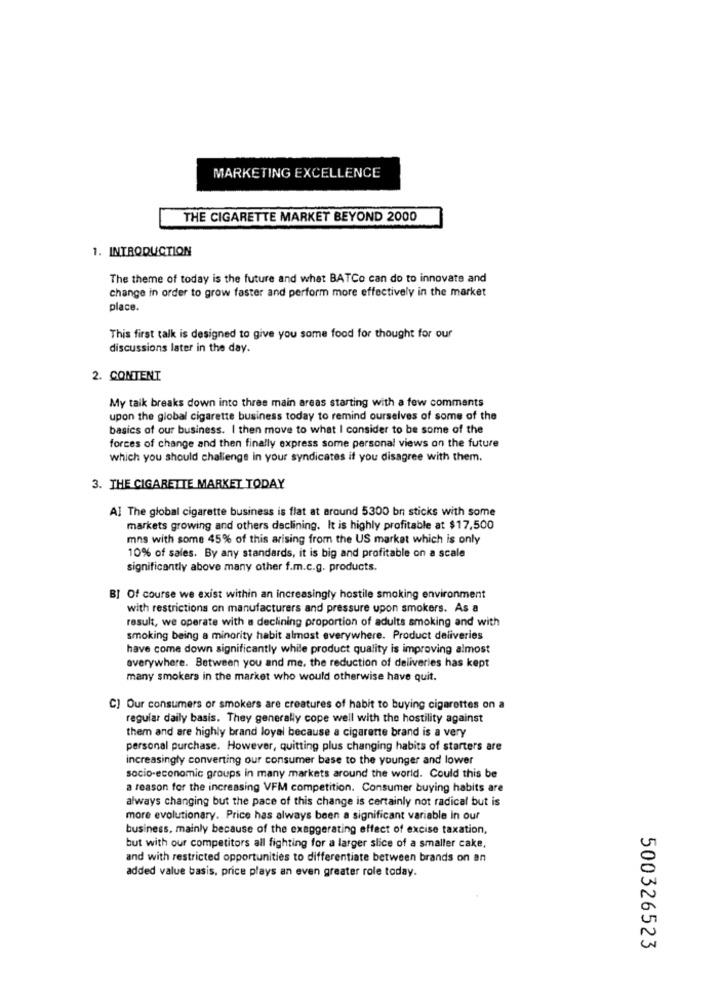
MARKETING EXCELLENCE
THE CIGARETTE MARKET BEYOND 2000
1. INTRODUCTION
The theme of today is the future and what BATCo can do to innovate and
change in order to grow faster and perform more effectively in the market
place.
This first talk is designed to give you some food for thought for our
discussions later in the day.
2. CONTENT
My taik breaks down into three main areas starting with a few comments
upon the global cigarette business today to remind ourselves of some of the
basics of our business. I then move to what I consider to be some of the
forces of change and then finally express some personal views on the future
which you should challenge in your syndicates it you disagree with them.
3. THE CIGARETTE MARKET TODAY
A] The global cigarette business is flat at around 5300 bn sticks with some
markets growing and others declining. It is highly profitable at $17,500
mns with some 45% of this arising from the US market which is only
10% of sales. By any standards, it is big and profitable on a scale
significantly above many other f.m.c.g. products.
BI Of course we exist within an increasingly hostile smoking environment
with restrictions on manufacturers and pressure upon smokers. As a
result, we operate with a declining proportion of adults smoking and with
smoking being a minority habit almost everywhere. Product deliveries
have come down significantly while product quality is improving almost
averywhere. Between you and me, the reduction of deliveries has kept
many smokers in the market who would otherwise have quit.
C] Our consumers or smokers are creatures of habit to buying cigarettes on a
regular daily basis. They generally cope well with the hostility against
them and are highly brand loyal because a cigarette brand is a very
personal purchase. However, quitting plus changing habits of starters are
increasingly converting our consumer base to the younger and lower
socio-economic groups in many markets around the world. Could this be
a reason for the increasing VFM competition. Consumer buying habits are
always changing but the pace of this change is certainly not radical but is
more evolutionary. Price has always been a significant variable in our
business, mainly because of the exaggerating effect of excise taxation,
but with our competitors all fighting for a larger slice of a smaller cake,
and with restricted opportunities to differentiate between brands on an
added value basis, price plays an even greater role today.
500326523